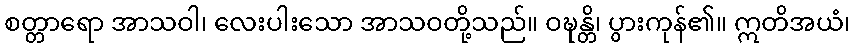
စတ္တာရော အာသဝါ၊ လေးပါးသော အာသဝတို့သည်။ ဝဍ္ဎန္တိ၊ ပွားကုန်၏။ ဣတိအယံ၊